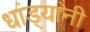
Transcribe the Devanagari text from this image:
धांड्यांनी